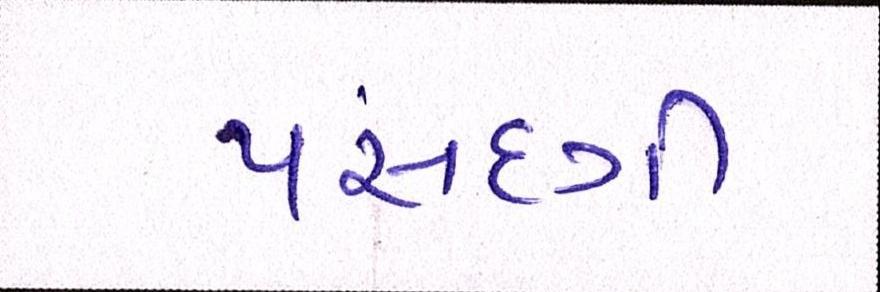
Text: પસંદગી